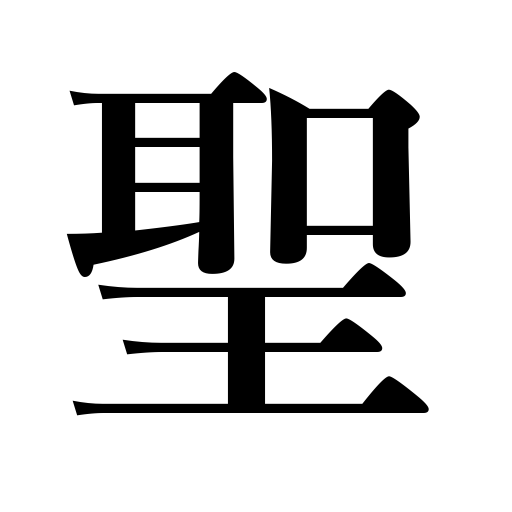
Meanings: sage,great master,saint,holiness